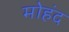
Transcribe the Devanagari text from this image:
मोहंद